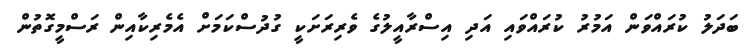
ބަދަލު ކުރައްވަން އަމުރު ކުރައްވައި އަދި އިސްރާއީލުގެ ވެރިރަށަކީ ގުދުސްކަމަށް އެމެރިކާއިން ރަސްމީގޮތުން